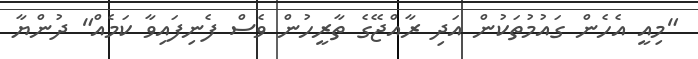
"މިއީ އެހެން ގައުމުތަކުން އަދި ރާއްޖޭގެ ތާރީހުން ވެސް ފެނިފައިވާ ކަމެއް" ދުންޔާ